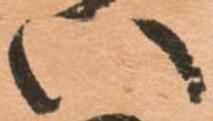
い